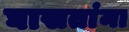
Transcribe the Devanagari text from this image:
घासतांना